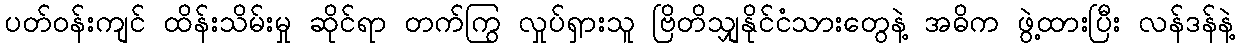
ပတ်ဝန်းကျင် ထိန်းသိမ်းမှု ဆိုင်ရာ တက်ကြွ လှုပ်ရှားသူ ဗြိတိသျှနိုင်ငံသားတွေနဲ့ အဓိက ဖွဲ့ထားပြီး လန်ဒန်နဲ့